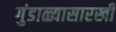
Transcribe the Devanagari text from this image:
गुंडाळ्यासारखी